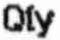
QTY